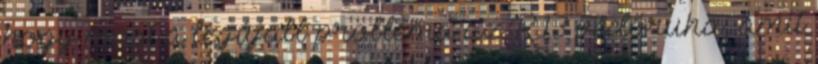
hogy most a legújabb probléma az R13 védőruha, amit